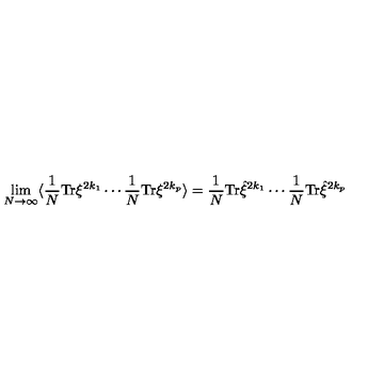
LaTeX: \lim _ { N \rightarrow \infty } \langle \frac { 1 } { N } \mathrm { T r } \xi ^ { 2 k _ { 1 } } \cdots \frac { 1 } { N } \mathrm { T r } \xi ^ { 2 k _ { p } } \rangle = \frac { 1 } { N } \mathrm { T r } { \hat { \xi } } ^ { 2 k _ { 1 } } \cdots \frac { 1 } { N } \mathrm { T r } { \hat { \xi } } ^ { 2 k _ { p } }